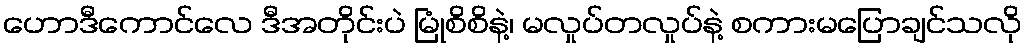
ဟောဒီကောင်လေ ဒီအတိုင်းပဲ မြုံစိစိနဲ့၊ မလှုပ်တလှုပ်နဲ့ စကားမပြောချင်သလို